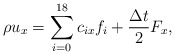
\begin{align*}\rho {u_x} = \sum\limits_{i = 0}^{18} {{c_{ix}}{f_i} + \frac{{\Delta t}}{2}{F_x}}, \end{align*}